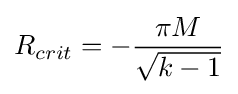
R_{crit}=-{\frac {\pi M}{\sqrt {k-1}}}